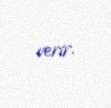
verir.